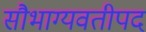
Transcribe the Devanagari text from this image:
सौभाग्यवतीपद